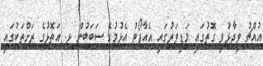
އުއްޗު ވިދާޅުވި ގޮތުގައި މަޑިވަރުގައި އެއާޕޯޓު އެޅުމުގެ ސަބަބުން ޅ. އަތޮޅުގެ ރަށްތަކުގައި